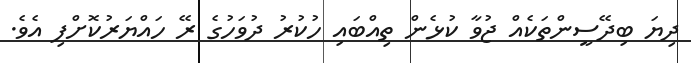
ދިޔަ ބިދޭސީންތަކެއް ޖުވާ ކުޅެން ތިއްބައި ހުކުރު ދުވަހުގެ ރޭ ހައްޔަރުކޮށްފި އެވެ.